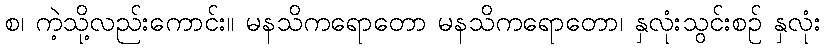
စ၊ ကဲ့သို့လည်းကောင်း။ မနသိကရောတော မနသိကရောတော၊ နှလုံးသွင်းစဉ် နှလုံး